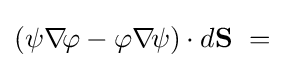
\left(\psi \nabla \!\varphi -\varphi \nabla \!\psi \right)\cdot d\mathbf {S} \ =\